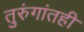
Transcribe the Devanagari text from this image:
तुरुंगांतही